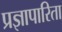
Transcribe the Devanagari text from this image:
प्रज्ञापारिता